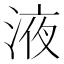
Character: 液